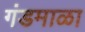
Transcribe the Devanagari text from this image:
गंडमाळा